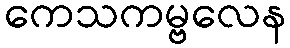
ကေသကမ္ဗလေန